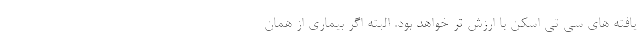
یافته های سی تی اسکن با ارزش تر خواهد بود. البته اگر بیماری از همان